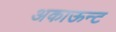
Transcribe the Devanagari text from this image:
अकाऊन्ट